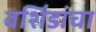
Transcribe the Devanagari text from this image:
वशिंडांचा